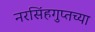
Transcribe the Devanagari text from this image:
नरसिंहगुप्तच्या